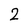
Character: 2